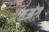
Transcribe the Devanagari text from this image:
तअंग